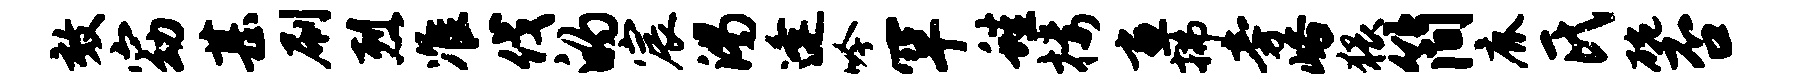
效窈甚刷烈准伐的宸渴逢吟罕蛙楼画拂旁峪猥简鹿氏碗否